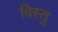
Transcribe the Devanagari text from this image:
विस्तु